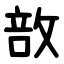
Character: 敨